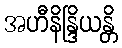
အဟီနိန္ဒြိယန္တိ